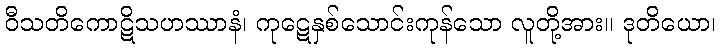
ဝီသတိကောဋိသဟဿာနံ၊ ကုဋေနှစ်သောင်းကုန်သော လူတို့အား။ ဒုတိယော၊